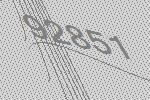
92851